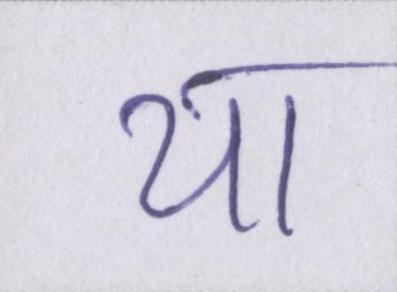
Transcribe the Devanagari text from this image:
या